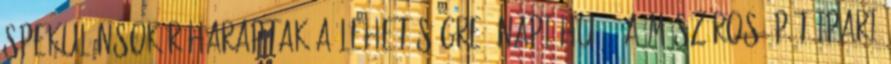
spekulánsok ráharaptak a lehetőségre. napi.hu :: A Mészáros Építőipari